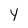
Character: y